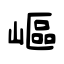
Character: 嶇